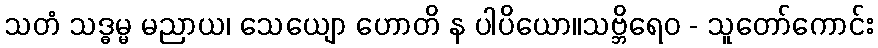
သတံ သဒ္ဓမ္မ မညာယ၊ သေယျော ဟောတိ န ပါပိယော။သဗ္ဘိရေဝ - သူတော်ကောင်း